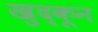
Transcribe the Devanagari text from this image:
खुद्कून